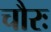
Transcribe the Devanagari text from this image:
चौरः